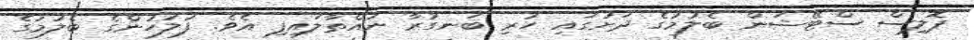
ޕޮލިސް ސްޓޭޝަން ބެލުމުގެ ދަށުގައި ހުރި ބަނގުރާ ނައްތާލައިފި އެވެ. ފުލުހުންގެ ބެލުމުގެ